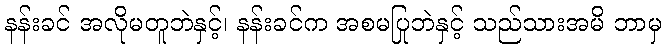
နန်းခင် အလိုမတူဘဲနှင့်၊ နန်းခင်က အစမပြုဘဲနှင့် သည်သားအမိ ဘာမှ